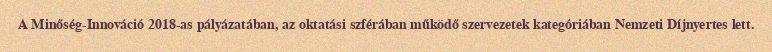
A Minőség-Innováció 2018-as pályázatában, az oktatási szférában működő szervezetek kategóriában Nemzeti Díjnyertes lett.